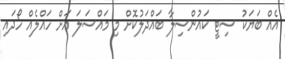
އެއް ބަޔަކު ސިޓީ ކައުންސިލާ ބައްދަލުކޮށް މި މައްސަލަ އަށް ހައްލެއް ހޯދައި